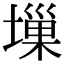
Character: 𡏮